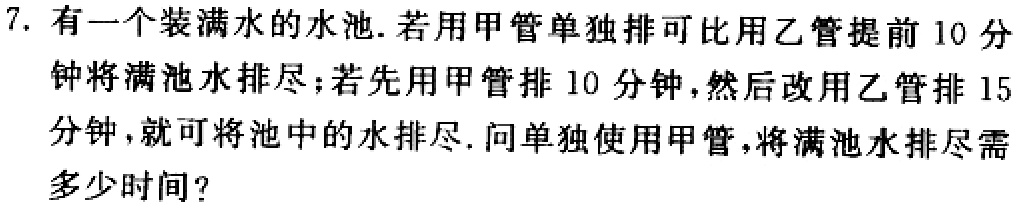
7. 有一个装满水的水池. 若用甲管单独排可比用乙管提前 10 分
钟将满池水排尽;若先用甲管排 10 分钟,然后改用乙管排 15 分钟,就可将池中的水排尽. 问单独使用甲管,将满池水排尽需
多少时间?